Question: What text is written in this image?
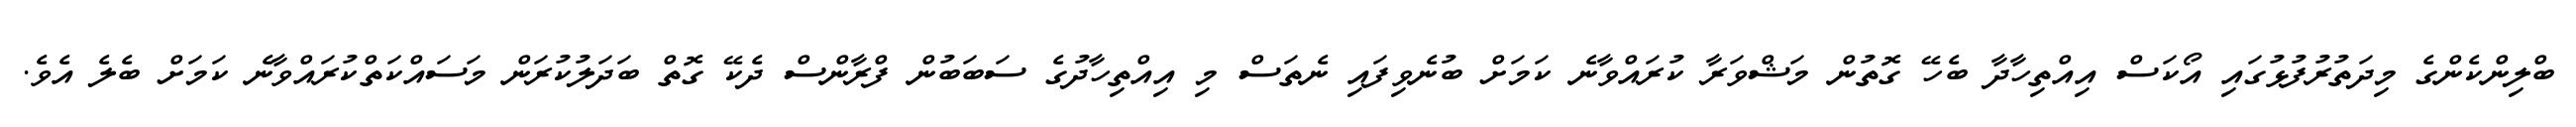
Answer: ބްލިންކެންގެ މިދަތުރުފުޅުގައި އޯކަސް އިއްތިހާދާ ބެހޭ ގޮތުން މަޝްވަރާ ކުރައްވާނެ ކަމަށް ބުނެވިފައި ނެތަސް މި އިއްތިހާދުގެ ސަބަބުން ފްރާންސް ދެކޭ ގޮތް ބަދަލުކުރަން މަސައްކަތްކުރައްވާނެ ކަމަށް ބެލެ އެވެ.